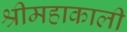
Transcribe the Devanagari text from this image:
श्रीमहाकाली